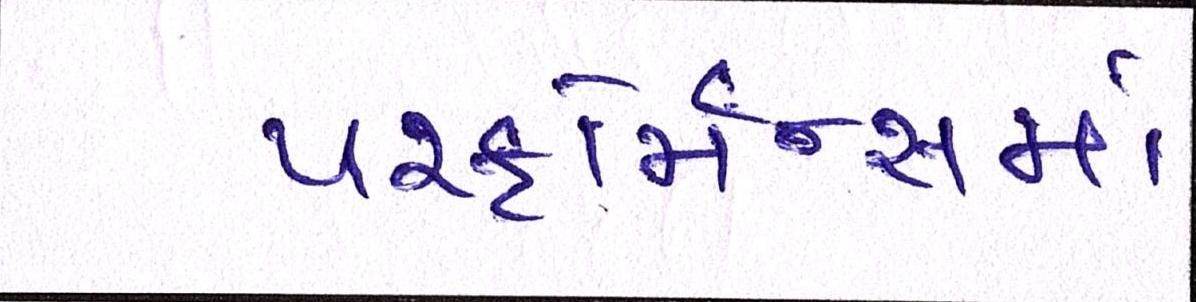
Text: પરફોર્મન્સમાં